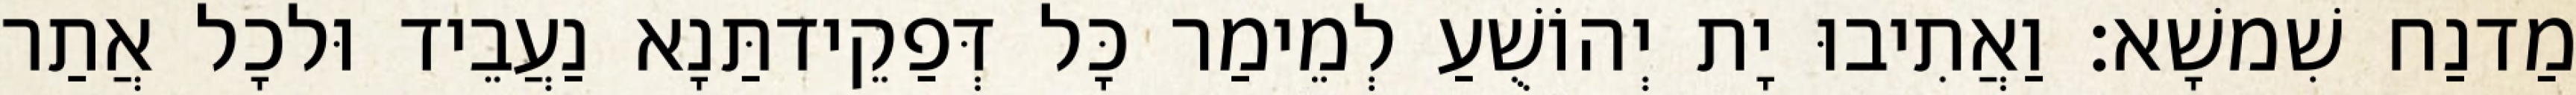
מַדנַח שִׁמשָׁא׃ וַאֲתִיבוּ יָת יְהוֹשֻׁעַ לְמֵימַר כָּל דְּפַקֵידתַּנָא נַעֲבֵיד וּלכָל אֲתַר